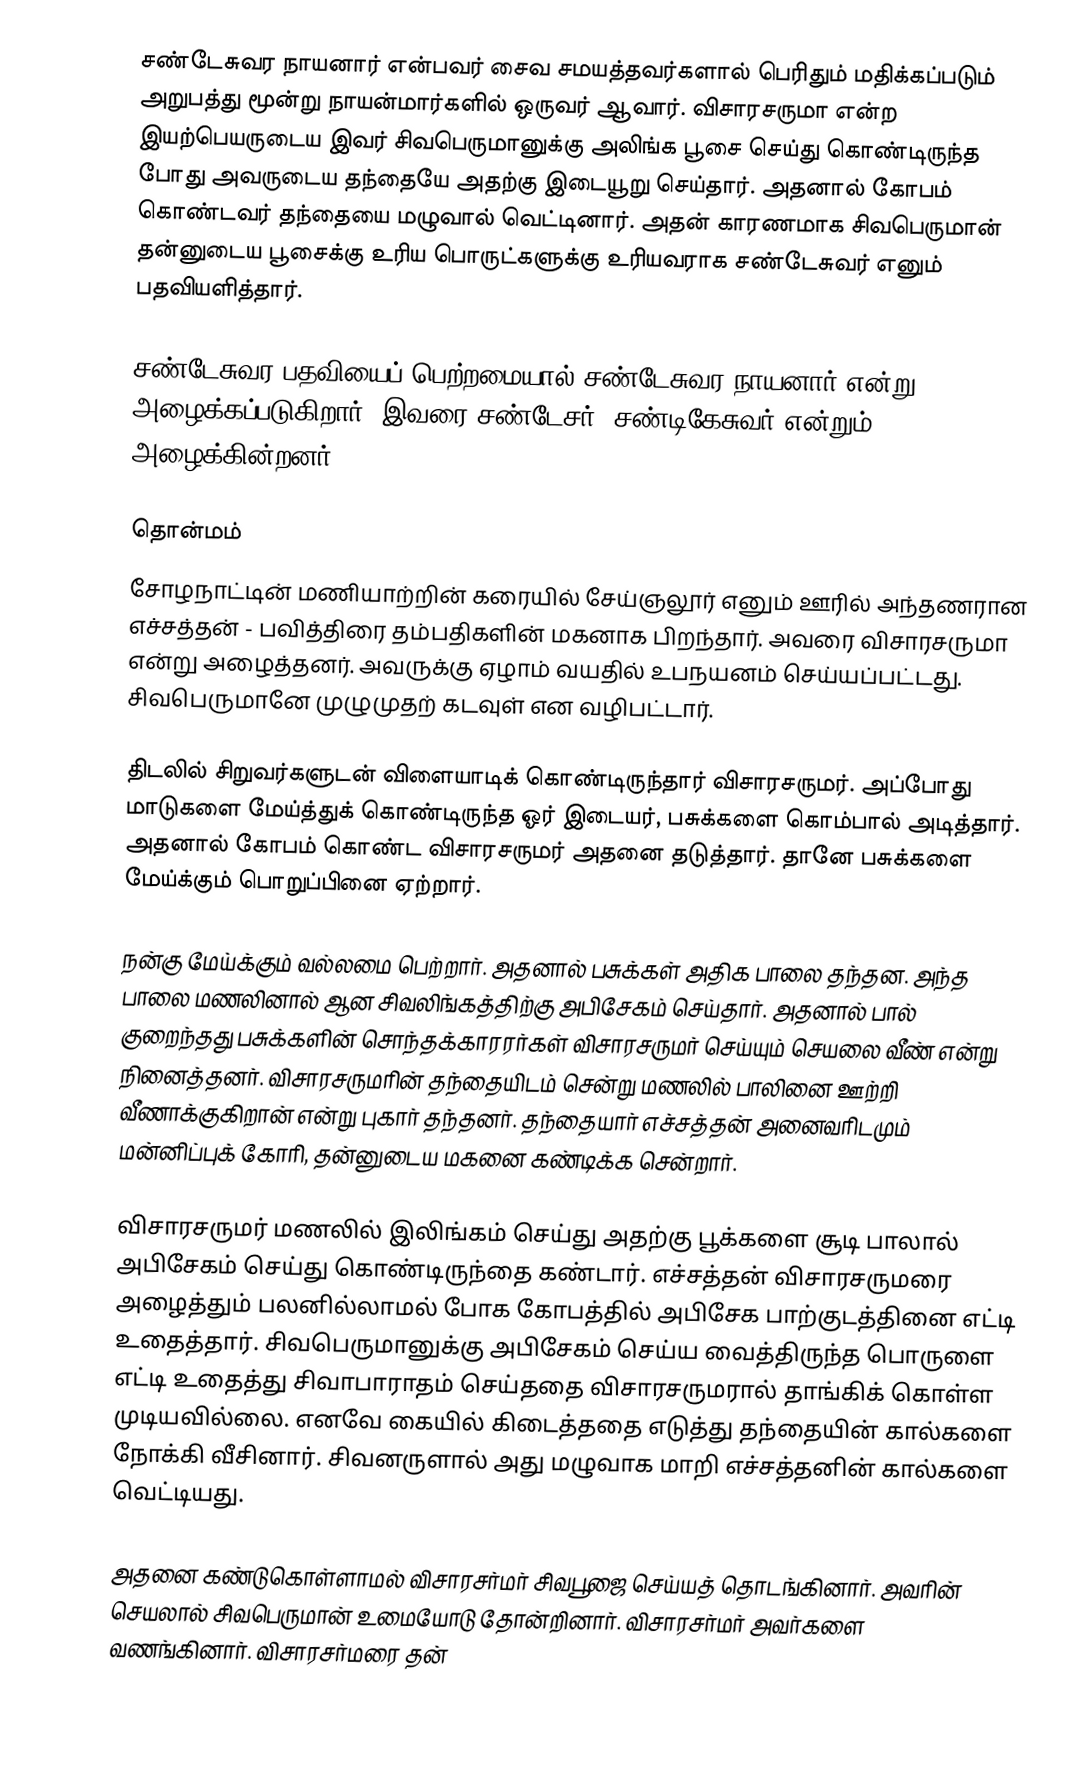
சண்டேசுவர நாயனார் என்பவர் சைவ சமயத்தவர்களால் பெரிதும் மதிக்கப்படும் அறுபத்து மூன்று நாயன்மார்களில் ஒருவர் ஆவார். விசாரசருமா என்ற இயற்பெயருடைய இவர் சிவபெருமானுக்கு அலிங்க பூசை செய்து கொண்டிருந்த போது அவருடைய தந்தையே அதற்கு இடையூறு செய்தார். அதனால் கோபம் கொண்டவர் தந்தையை மழுவால் வெட்டினார். அதன் காரணமாக சிவபெருமான் தன்னுடைய பூசைக்கு உரிய பொருட்களுக்கு உரியவராக சண்டேசுவர் எனும் பதவியளித்தார்.

சண்டேசுவர பதவியைப் பெற்றமையால் சண்டேசுவர நாயனார் என்று அழைக்கப்படுகிறார். இவரை சண்டேசர், சண்டிகேசுவர் என்றும் அழைக்கின்றனர்.

தொன்மம்
சோழநாட்டின் மணியாற்றின் கரையில் சேய்ஞலூர் எனும் ஊரில் அந்தணரான எச்சத்தன் - பவித்திரை தம்பதிகளின் மகனாக பிறந்தார். அவரை விசாரசருமா என்று அழைத்தனர். அவருக்கு  ஏழாம் வயதில் உபநயனம் செய்யப்பட்டது. சிவபெருமானே முழுமுதற் கடவுள் என வழிபட்டார்.

திடலில் சிறுவர்களுடன் விளையாடிக் கொண்டிருந்தார் விசாரசருமர். அப்போது மாடுகளை மேய்த்துக் கொண்டிருந்த ஓர் இடையர், பசுக்களை கொம்பால் அடித்தார். அதனால் கோபம் கொண்ட விசாரசருமர் அதனை தடுத்தார். தானே பசுக்களை மேய்க்கும் பொறுப்பினை ஏற்றார்.

நன்கு மேய்க்கும் வல்லமை பெற்றார். அதனால் பசுக்கள் அதிக பாலை தந்தன. அந்த பாலை மணலினால் ஆன சிவலிங்கத்திற்கு அபிசேகம் செய்தார். அதனால் பால் குறைந்தது பசுக்களின் சொந்தக்காரரர்கள் விசாரசருமர் செய்யும் செயலை வீண் என்று நினைத்தனர். விசாரசருமரின் தந்தையிடம் சென்று மணலில் பாலினை ஊற்றி வீணாக்குகிறான் என்று புகார் தந்தனர். தந்தையார் எச்சத்தன் அனைவரிடமும் மன்னிப்புக் கோரி, தன்னுடைய மகனை கண்டிக்க சென்றார்.

விசாரசருமர் மணலில் இலிங்கம் செய்து அதற்கு பூக்களை சூடி பாலால் அபிசேகம் செய்து கொண்டிருந்தை கண்டார். எச்சத்தன் விசாரசருமரை அழைத்தும் பலனில்லாமல் போக கோபத்தில் அபிசேக பாற்குடத்தினை எட்டி உதைத்தார். சிவபெருமானுக்கு அபிசேகம் செய்ய வைத்திருந்த பொருளை எட்டி உதைத்து சிவாபாராதம் செய்ததை விசாரசருமரால் தாங்கிக் கொள்ள முடியவில்லை. எனவே கையில் கிடைத்ததை எடுத்து தந்தையின் கால்களை நோக்கி வீசினார். சிவனருளால் அது மழுவாக மாறி எச்சத்தனின் கால்களை வெட்டியது.

அதனை கண்டுகொள்ளாமல் விசாரசர்மர் சிவபூஜை செய்யத் தொடங்கினார். அவரின் செயலால் சிவபெருமான் உமையோடு தோன்றினார். விசாரசர்மர் அவர்களை வணங்கினார். விசாரசர்மரை தன்